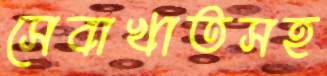
সেবাখাতসহ